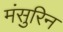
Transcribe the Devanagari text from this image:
मंसुरिन